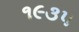
૧૯૩૫